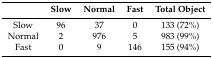
<table><thead><tr><td></td><td><b>Slow</b></td><td><b>Normal</b></td><td><b>Fast</b></td><td><b>Total Object</b></td></tr></thead><tbody><tr><td>Slow</td><td>96</td><td>37</td><td>0</td><td>133 (72%)</td></tr><tr><td>Normal</td><td>2</td><td>976</td><td>5</td><td>983 (99%)</td></tr><tr><td>Fast</td><td>0</td><td>9</td><td>146</td><td>155 (94%)</td></tr></tbody></table>